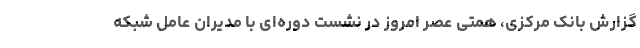
گزارش بانک مرکزی، همتی عصر امروز در نشست دوره‌ای با مدیران عامل شبکه